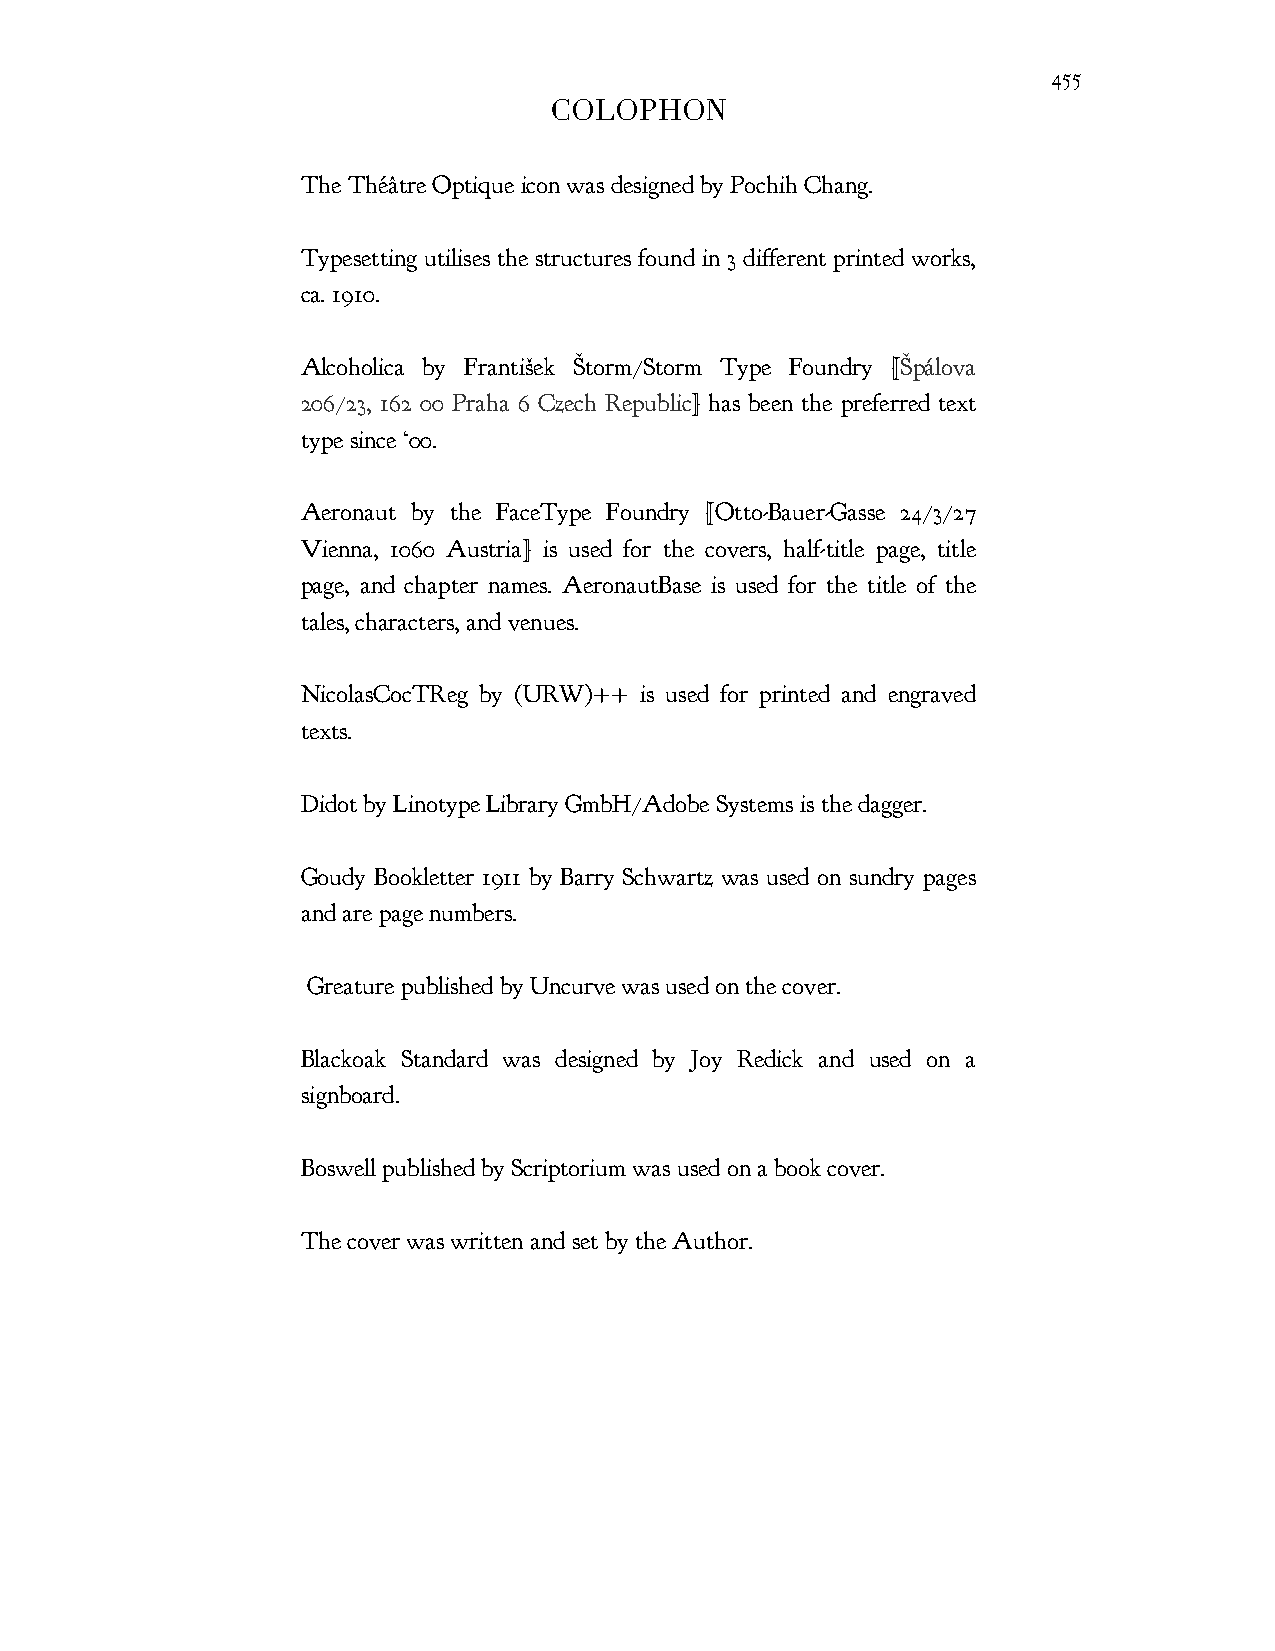
455
 COLOPHON
 The Théâtre Optique icon was designed by Pochih Chang.
 Typesetting utilises the structures found in 3 different printed works,
 ca. 1910.
 Alcoholica by František Štorm/Storm Type Foundry [Špálova
 206/23, 162 00 Praha 6 Czech Republic] has been the preferred text
 type since ‘00.
 Aeronaut by the FaceType Foundry [Otto-Bauer-Gasse 24/3/27
 Vienna, 1060 Austria] is used for the covers, half-title page, title
 page, and chapter names. AeronautBase is used for the title of the
 tales, characters, and venues.
 NicolasCocTReg by (URW)++ is used for printed and engraved
 texts.
 Didot by Linotype Library GmbH/Adobe Systems is the dagger.
 Goudy Bookletter 1911 by Barry Schwartz was used on sundry pages
 and are page numbers.
 Greature published by Uncurve was used on the cover.
 Blackoak Standard was designed by Joy Redick and used on a
 signboard.
 Boswell published by Scriptorium was used on a book cover.
 The cover was written and set by the Author.